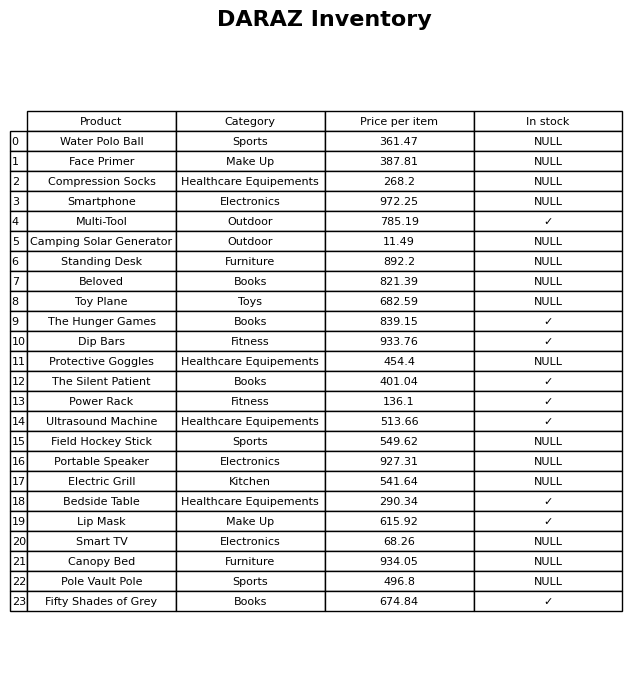
question: What is the price of the Water Polo Ball?
answer: The price of Water Polo Ball is 361.47.